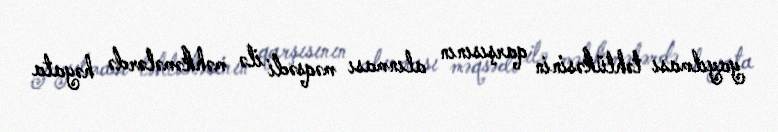
yayılması təhlükəsinin qarşısının alınması məqsədi ilə məhkəmələrdə həyata